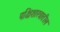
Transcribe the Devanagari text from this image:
पक्षिशास्त्रातील